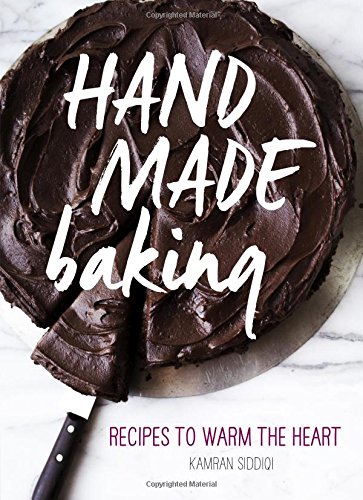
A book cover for Hand Made Baking: Recipes to Warm the Heart; Kamran Siddiqi; Cookbooks, Food & Wine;